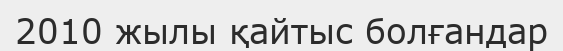
2010 жылы қайтыс болғандар